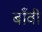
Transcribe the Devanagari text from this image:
बाँवी